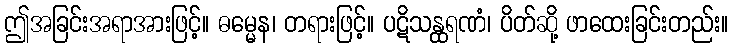
ဤအခြင်းအရာအားဖြင့်။ ဓမ္မေန၊ တရားဖြင့်။ ပဋိသန္ထရဏံ၊ ပိတ်ဆို့ ဖာထေးခြင်းတည်း။